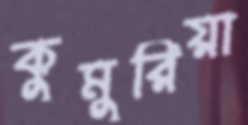
কুমুরিয়া